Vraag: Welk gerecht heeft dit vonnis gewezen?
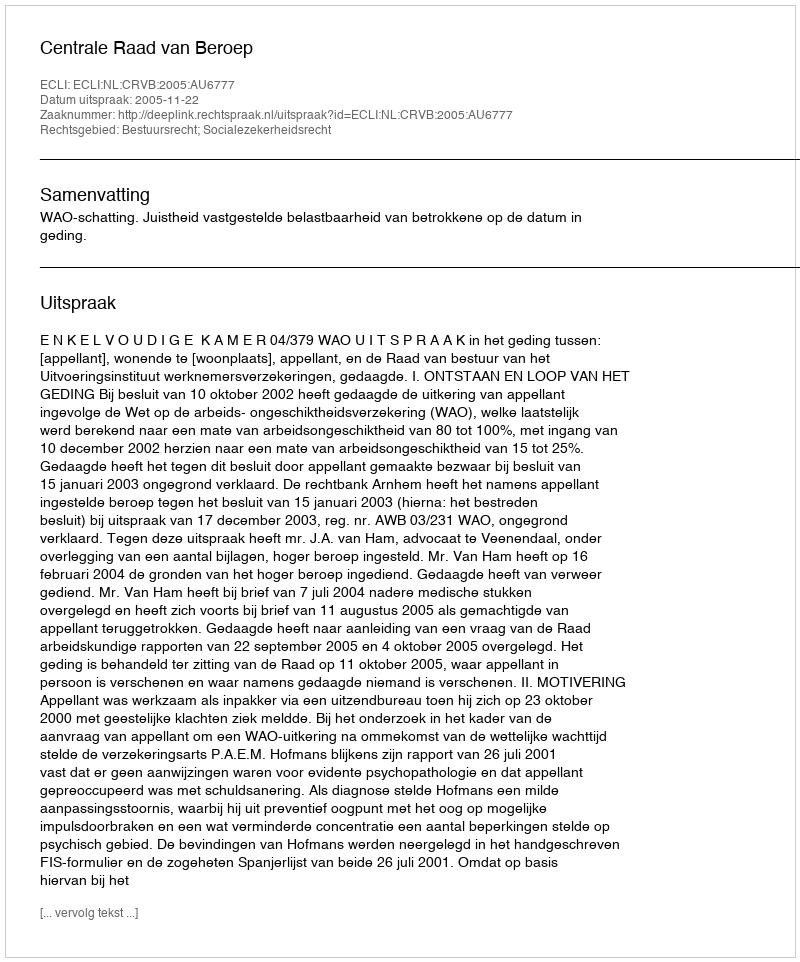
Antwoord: Centrale Raad van Beroep